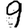
Digit: 9